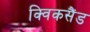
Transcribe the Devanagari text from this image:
क्विकसैंड